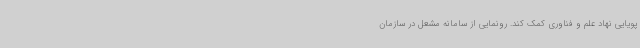
پویایی نهاد علم و فناوری کمک کند. رونمایی از سامانه مشعل در سازمان